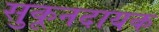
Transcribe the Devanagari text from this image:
सुकूनदायक